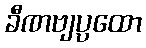
ခီဏဗျပ္ပထော